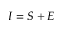
I = S + E